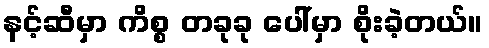
နင့်ဆီမှာ ကိစ္စ တခုခု ပေါ်မှာ စိုးခဲ့တယ်။